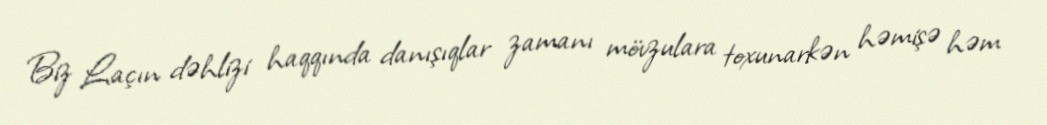
Biz Laçın dəhlizi haqqında danışıqlar zamanı mövzulara toxunarkən həmişə həm